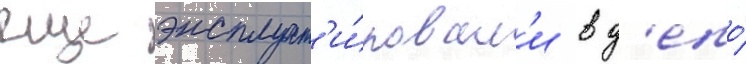
еще эксплуат'и́ровал'и в д'епо́